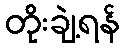
တိုးချဲ့ရန်